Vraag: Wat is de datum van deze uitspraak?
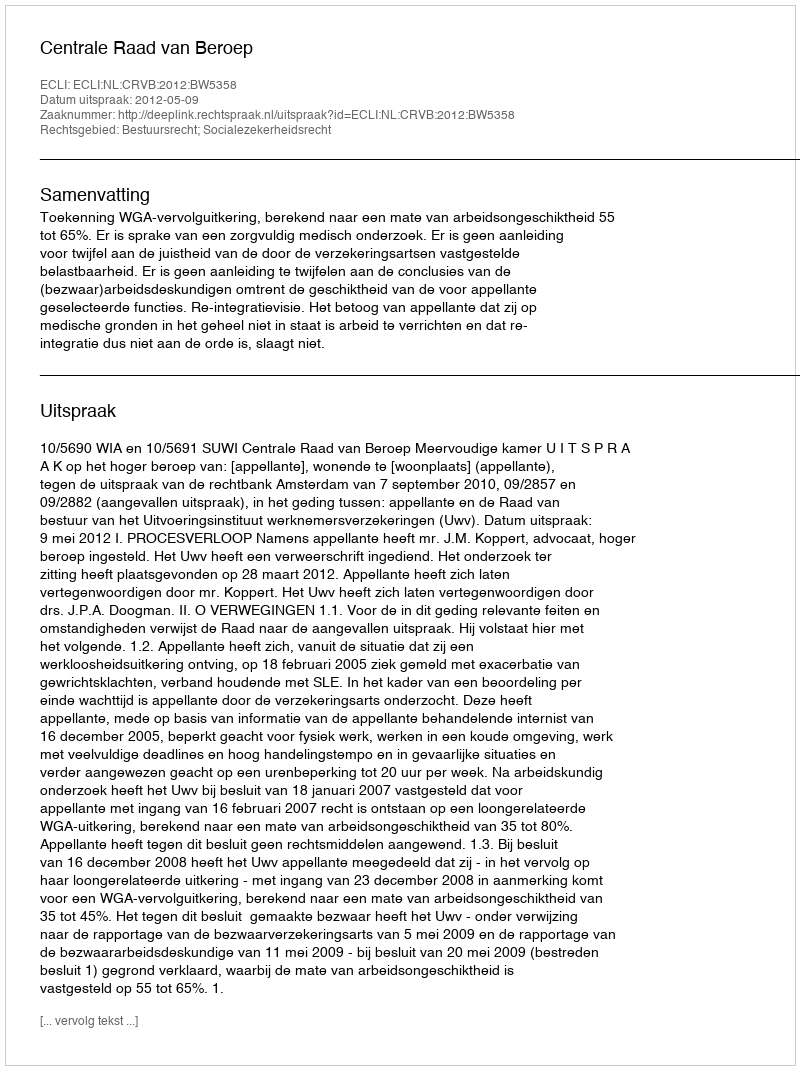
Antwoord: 2012-05-09